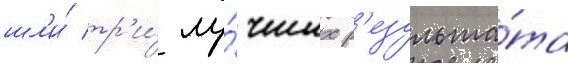
шл'и́ тр'и́ лу́чших р'езульта́та